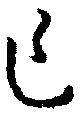
乍